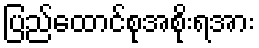
ပြည်ထောင်စုအစိုးရအား